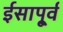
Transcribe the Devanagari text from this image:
ईसापू्र्व